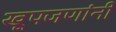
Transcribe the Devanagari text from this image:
खूपजणांनी